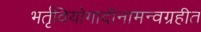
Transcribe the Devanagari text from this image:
भर्तृवियोगादीनामन्वग्रहीत